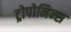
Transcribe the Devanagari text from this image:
ट्रोपोनिन्स